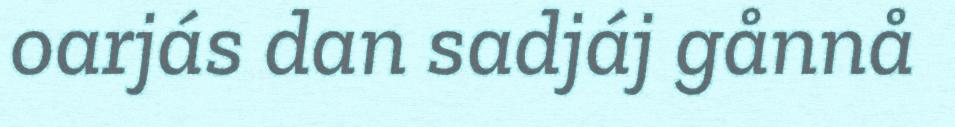
oarjás dan sadjáj gånnå